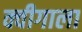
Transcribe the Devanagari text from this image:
क्वीगाला